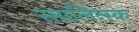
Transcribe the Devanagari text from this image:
स्तालिन्स्क